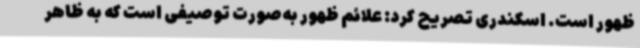
ظهور است. اسکندری تصریح کرد: علائم ظهور به‌صورت توصیفی است که به ظاهر